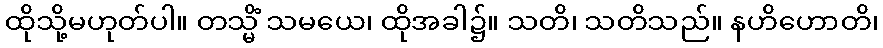
ထိုသို့မဟုတ်ပါ။ တသ္မိံ သမယေ၊ ထိုအခါ၌။ သတိ၊ သတိသည်။ နဟိဟောတိ၊